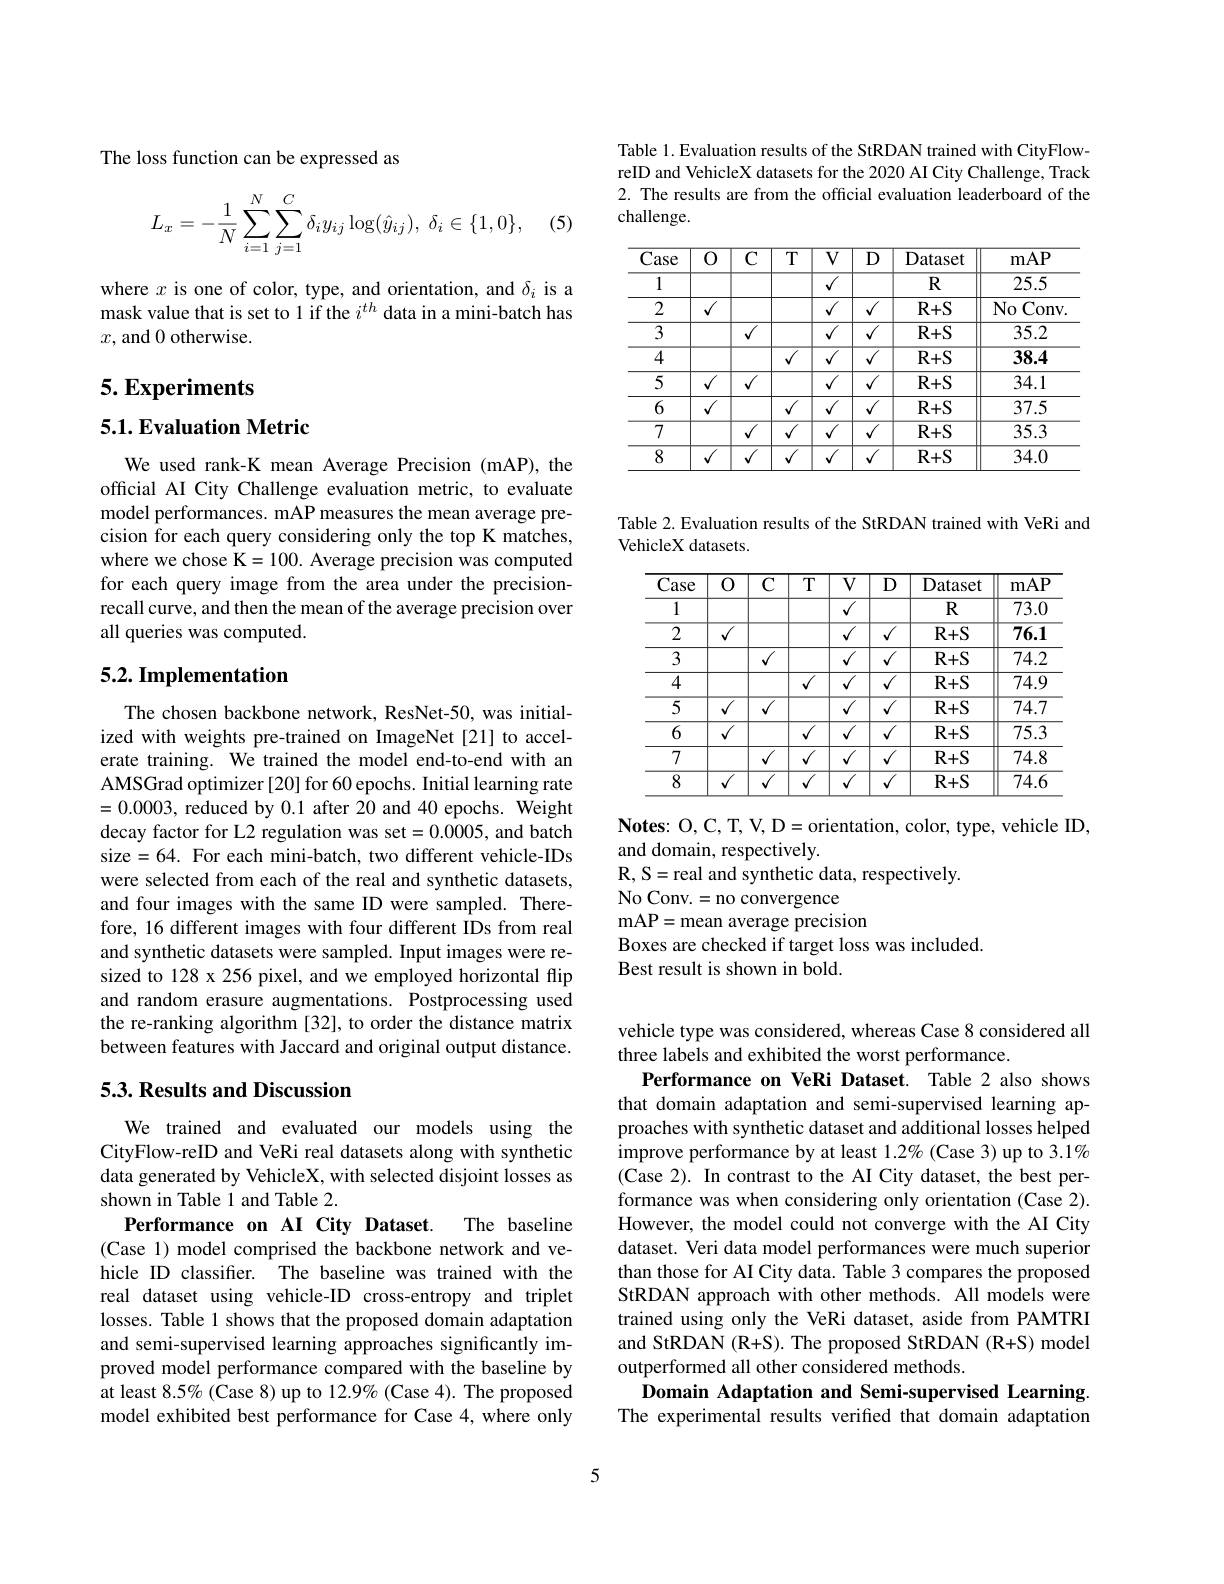
The loss function can be expressed as
$$L_x=-\dfrac{1}{N}\sum_{i=1}^N\sum_{j=1}^C\delta_iy_{ij}\log(\hat{y}_{ij}),\:\delta_i\in\{1,0\},$$
(5)

where $x$ is one of color, type, and orientation, and $\delta_i$ is a mask value that is set to 1 if the $i^{th}$ data in a mini-batch has $x$,and 0 otherwise.

# 5. Experiments

5.1. Evaluation Metric

We used rank-K mean Average Precision (mAP), the official AI City Challenge evaluation metric, to evaluate model performances. mAP measures the mean average precision for each query considering only the top K matches, where we chose K=100. Average precision was computed for each query image from the area under the precisionrecall curve, and then the mean of the average precision over all queries was computed.

## 5.2. Implementation

The chosen backbone network, ResNet-50, was initialized with weights pre-trained on ImageNet[21] to accelerate training. We trained the model end-to-end with an AMSGrad optimizer [20] for 60 epochs. Initial learning rate =0.0003, reduced by 0.1 after 20 and 40 epochs. Weight decay factor for L2 regulation was set=0.0005, and batch size=64. For each mini-batch, two different vehicle-IDs were selected from each of the real and synthetic datasets, and four images with the same ID were sampled. Therefore, 16 different images with four different IDs from real and synthetic datasets were sampled. Input images were resized to 128 x 256 pixel, and we employed horizontal flip and random erasure augmentations. Postprocessing used the re-ranking algorithm [32], to order the distance matrix between features with Jaccard and original output distance.

## 5.3. Results and Discussion

We trained and evaluated our models using the CityFlow-reID and VeRi real datasets along with synthetic data generated by VehicleX, with selected disjoint losses as shown in Table 1 and Table 2.
The baseline
Performance on AI City Dataset.
(Case 1) model comprised the backbone network and vehicle ID classifier. The baseline was trained with the real dataset using vehicle-ID cross-entropy and triplet losses. Table 1 shows that the proposed domain adaptation and semi-supervised learning approaches significantly improved model performance compared with the baseline by at least $8.5\%$ (Case 8) up to 12.9% (Case 4). The proposed model exhibited best performance for Case 4, where only

Table 1. Evaluation results of the StRDAN trained with CityFlowreID and VehicleX datasets for the 2020 AI City Challenge, Track 2. The results are from the official evaluation leaderboard of the challenge.

Table 2. Evaluation results of the StRDAN trained with VeRi and
VehicleX datasets.

$\mathbf{Notes:~O,C,T,~V,~D=orientation,~color,~type,~vehicle~ID,}$
and domain, respectively.
$\mathbf{R}$, S=real and synthetic data, respectively.
No Conv.=no convergence
mAP= mean average precision
Boxes are checked if target loss was included.
Best result is shown in bold.

vehicle type was considered, whereas Case 8 considered all
three labels and exhibited the worst performance.
Performance on VeRi Dataset. Table 2 also shows that domain adaptation and semi-supervised learning approaches with synthetic dataset and additional losses helped improve performance by at least 1.2% (Case 3) up to 3.1% (Case 2). In contrast to the AI City dataset, the best performance was when considering only orientation (Case 2). However, the model could not converge with the AI City dataset. Veri data model performances were much superior than those for AI City data. Table 3 compares the proposed StRDAN approach with other methods. All models were trained using only the VeRi dataset, aside from PAMTRI and StRDAN (R+S). The proposed StRDAN (R+S) model outperformed all other considered methods.
Domain Adaptation and Semi-supervised Learning. The experimental results verified that domain adaptation

5